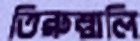
তিরুত্তালি